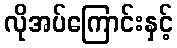
လိုအပ်ကြောင်းနှင့်